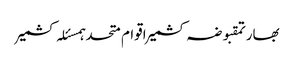
بھارتمقبوضہ کشمیراقوام متحدہمسئلہ کشمیر